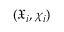
( \mathfrak { X } _ { i } , \chi _ { i } )